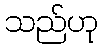
သည်ဟု